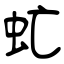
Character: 虻